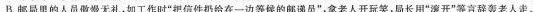
B.邮局里的人员傲慢无礼，如工作时“把信件扔给在一边等候的郎递员”，拿老人开玩笑，局长用“滚开”等言辞轰老人走。